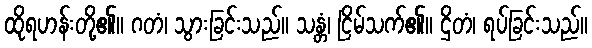
ထိုရဟန်းတို့၏။ ဂတံ၊ သွားခြင်းသည်။ သန္တံ၊ ငြိမ်သက်၏။ ဌိတံ၊ ရပ်ခြင်းသည်။